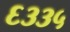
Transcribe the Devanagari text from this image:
६३३५